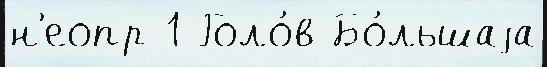
н'еопр 1 Голо́в Бо́льшаjа